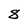
Character: 8